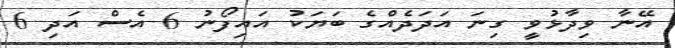
އޭނާ ވިދާޅުވީ ގިނަ އަދަދެއްގެ ބަޔަކު އައިފޯނު 6 އެސް އަދި 6